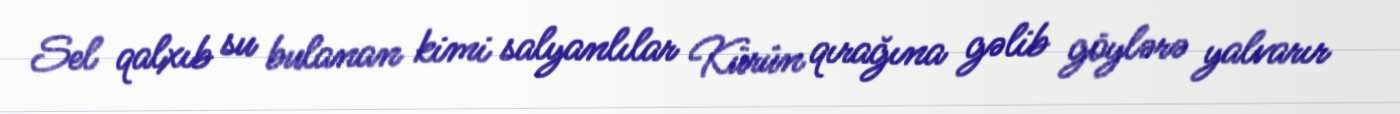
Sel qalxıb su bulanan kimi salyanlılar Kürün qırağına gəlib göylərə yalvarır